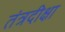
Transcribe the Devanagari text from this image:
तंत्रदीक्षा